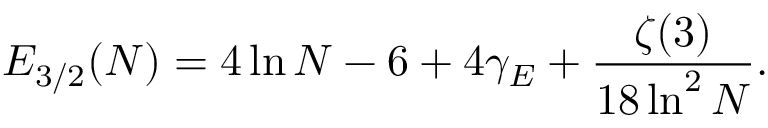
{ \cal E } _ { 3 / 2 } ( N ) = 4 \ln N - 6 + 4 \gamma _ { E } + \frac { \zeta ( 3 ) } { 1 8 \ln ^ { 2 } N } .